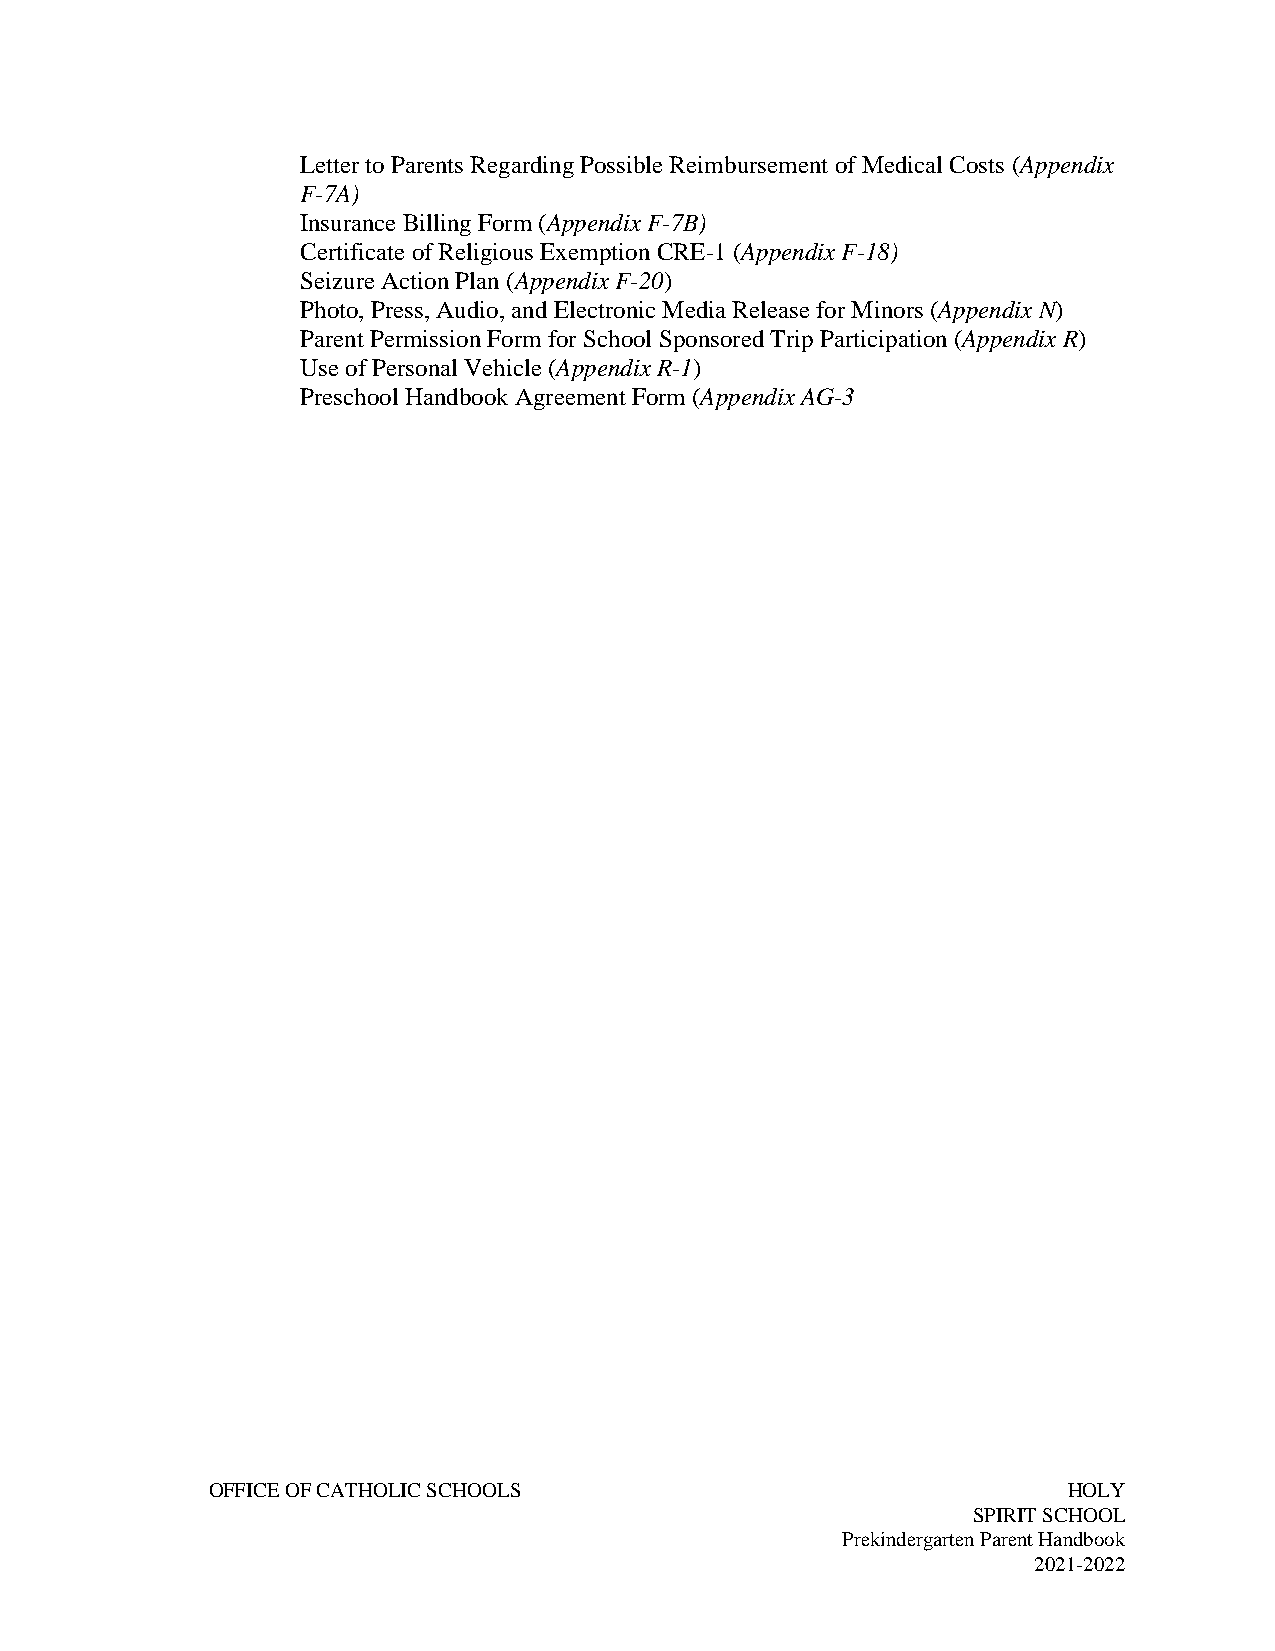
Letter to Parents Regarding Possible Reimbursement of Medical Costs (Appendix
 F-7A)
 Insurance Billing Form (Appendix F-7B)
 Certificate of Religious Exemption CRE-1 (Appendix F-18)
 Seizure Action Plan (Appendix F-20)
 Photo, Press, Audio, and Electronic Media Release for Minors (Appendix N)
 Parent Permission Form for School Sponsored Trip Participation (Appendix R)
 Use of Personal Vehicle (Appendix R-1)
 Preschool Handbook Agreement Form (Appendix AG-3
 OFFICE OF CATHOLIC SCHOOLS                               HOLY
 SPIRIT SCHOOL
 Prekindergarten Parent Handbook
 2021-2022